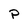
Character: p